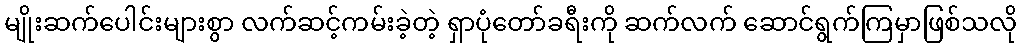
မျိုးဆက်ပေါင်းများစွာ လက်ဆင့်ကမ်းခဲ့တဲ့ ရှာပုံတော်ခရီးကို ဆက်လက် ဆောင်ရွက်ကြမှာဖြစ်သလို